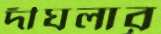
দীঘলার